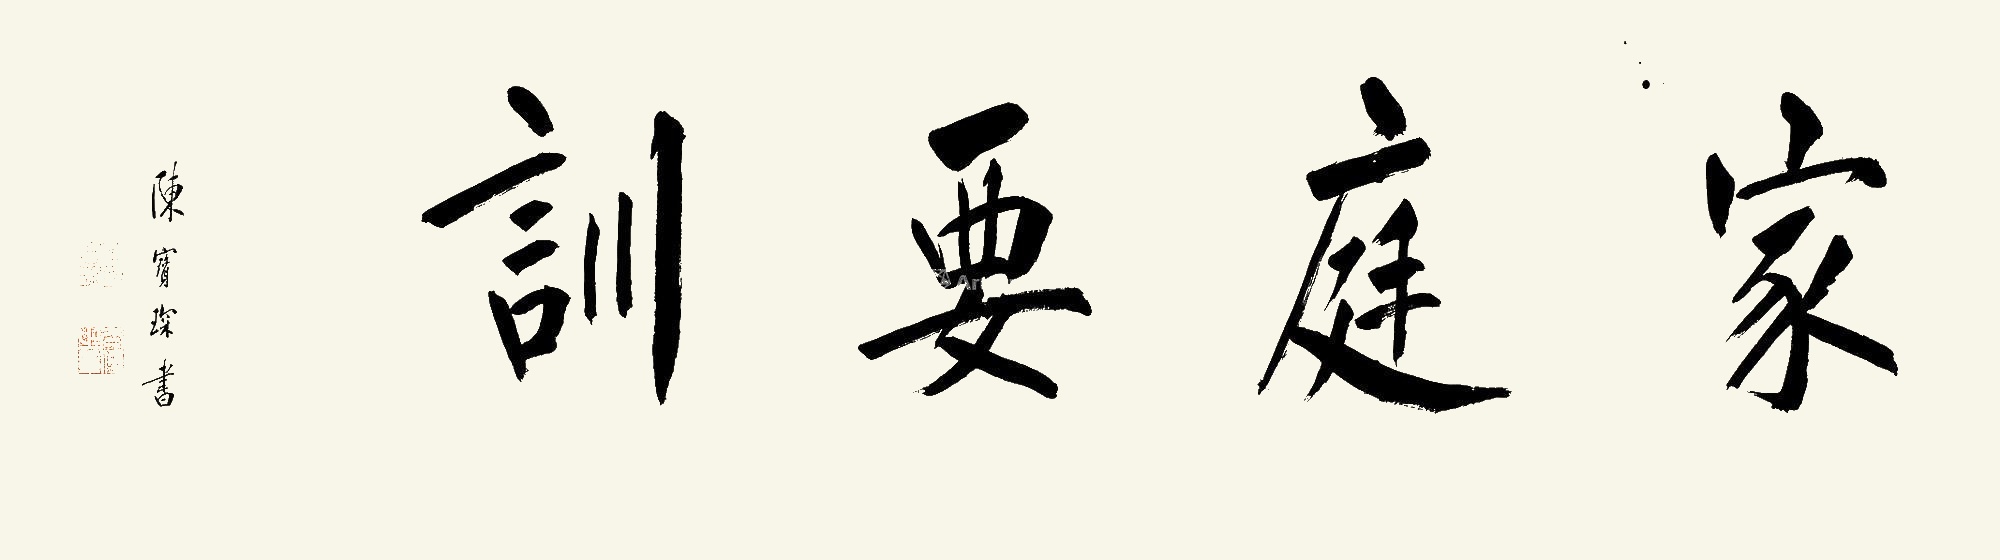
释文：家庭要训陈宝琛书。